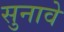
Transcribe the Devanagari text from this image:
सुनावे